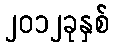
၂၀၁၂ခုနှစ်